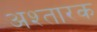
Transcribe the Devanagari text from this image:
अश्तारक